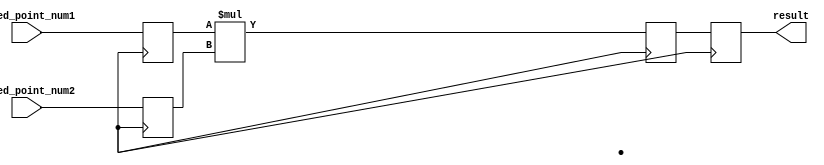
module fixed_point_multiplier (
input wire [7:0] fixed_point_num1, // input fixed-point number 1 with 8 bits
input wire [7:0] fixed_point_num2, // input fixed-point number 2 with 8 bits
output reg [15:0] result // output fixed-point result with 16 bits (8 integer bits + 8 fractional bits)
);

reg [7:0] num1; // register to store input number 1
reg [7:0] num2; // register to store input number 2
reg [15:0] product; // register to store the product

always @(posedge clk) begin // assuming there is a clock signal as input
num1 <= fixed_point_num1;
num2 <= fixed_point_num2;
product <= num1 * num2;
result <= product;
end

endmodule